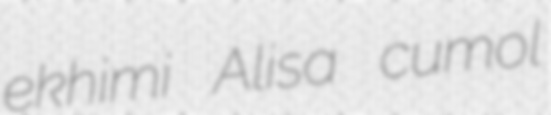
ekhimi Alisa cumol